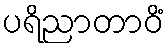
ပရိညာတာဝိံ